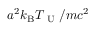
a ^ { 2 } k _ { \mathrm { B } } T _ { \mathrm { ~ U ~ } } / m c ^ { 2 }